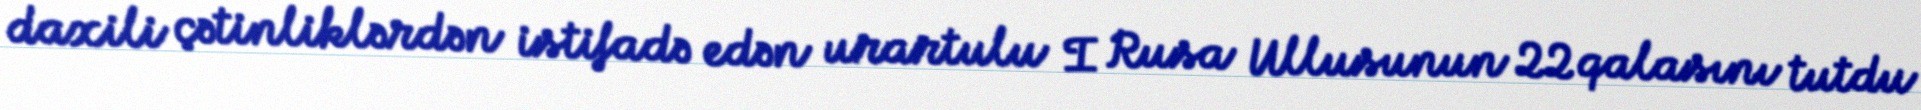
daxili çətinliklərdən istifadə edən urartulu I Rusa Ullusunun 22 qalasını tutdu